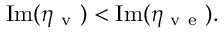
\mathrm { I m } ( \eta _ { \mathrm { ~ v ~ } } ) < \mathrm { I m } ( \eta _ { \mathrm { ~ v ~ e ~ } } ) .